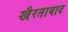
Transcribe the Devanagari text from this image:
खैरताबाद